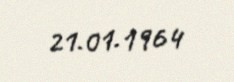
21.01.1964